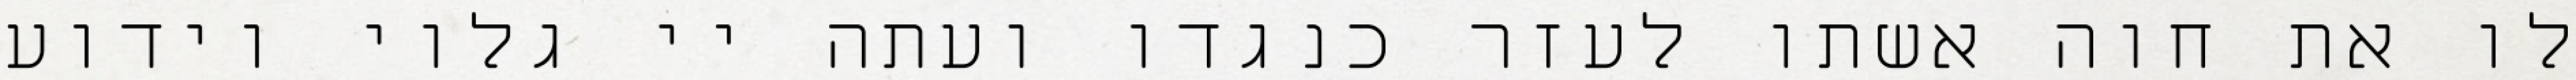
לו את חוה אשתו לעזר כנגדו ועתה יי גלוי וידוע